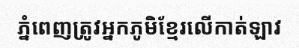
ភ្នំពេញត្រូវអ្នកភូមិខ្មែរលើកាត់ឡាវ